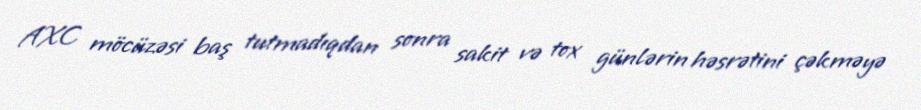
AXC möcüzəsi baş tutmadıqdan sonra sakit və tox günlərin həsrətini çəkməyə